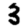
Digit: 3